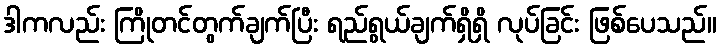
ဒါကလည်း ကြိုတင်တွက်ချက်ပြီး ရည်ရွယ်ချက်ရှိရှိ လုပ်ခြင်း ဖြစ်ပေသည်။